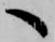
へ